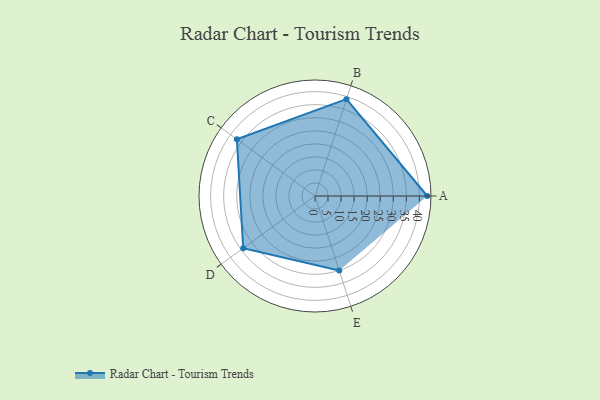
{"axis": {"x": "Skill", "y": "Score"}, "legend": ["Profile"], "data": [{"x": "A", "y": 43.0, "type": "Profile"}, {"x": "B", "y": 39.0, "type": "Profile"}, {"x": "C", "y": 37.0, "type": "Profile"}, {"x": "D", "y": 34.0, "type": "Profile"}, {"x": "E", "y": 30.0, "type": "Profile"}]}